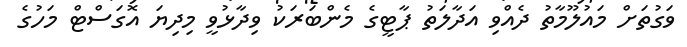
ވަގުތަށް މައުލޫމާތު ދެއްވި އަދާލަތު ޕާޓީގެ މެންބަރަކު ވިދާޅުވީ މިދިޔަ އޮގަސްޓް މަހުގެ